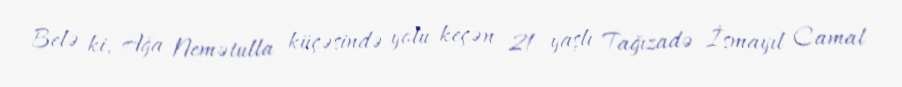
Belə ki, Ağa Nemətulla küçəsində yolu keçən 21 yaşlı Tağızadə İsmayıl Camal